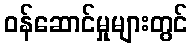
ဝန်ဆောင်မှုများတွင်